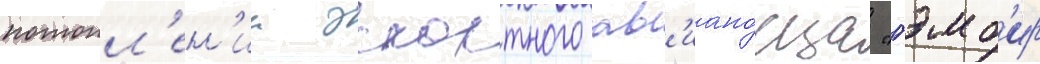
потопл'ен'ии эскортного ав'иано́сца "гэмб'ир